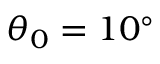
\theta _ { 0 } = 1 0 ^ { \circ }